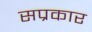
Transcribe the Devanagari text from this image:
सप्रकार